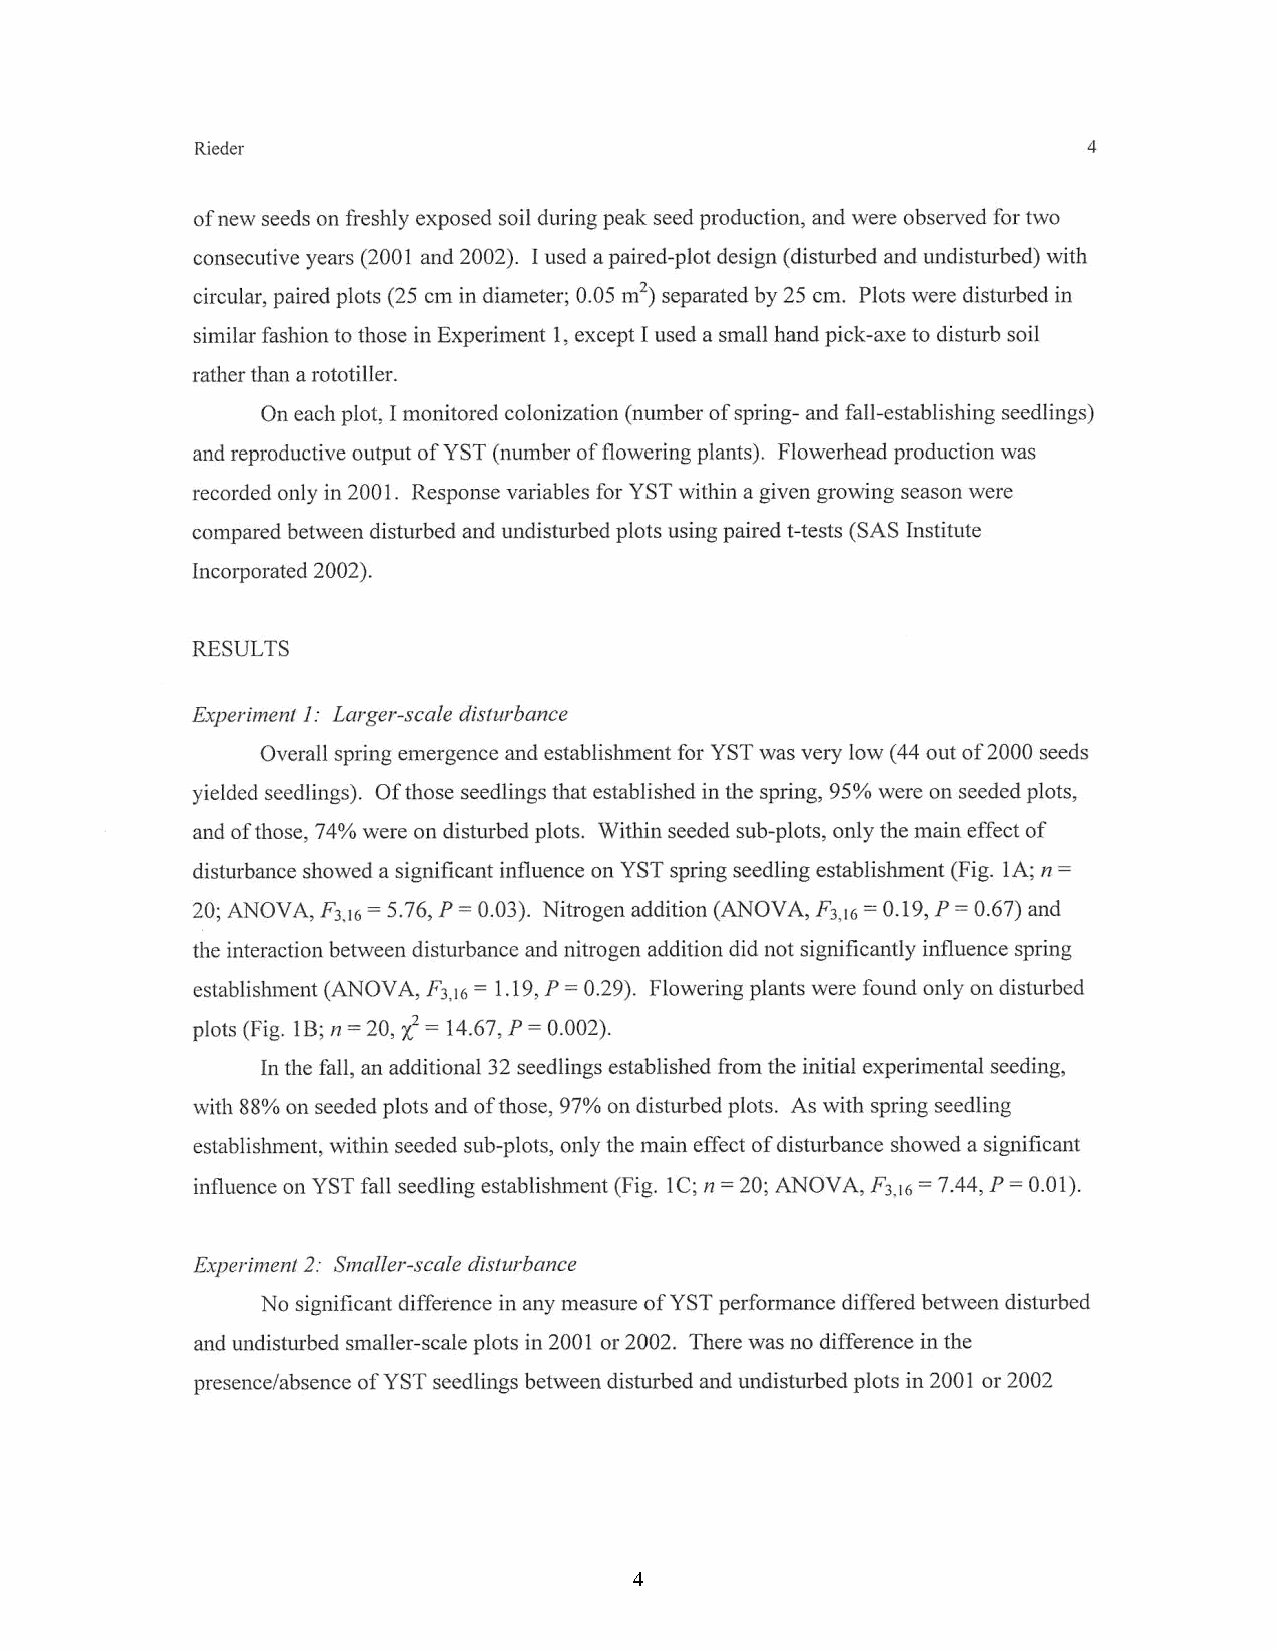
New Life Members: Don Feener
 and Sylvia Torti of Salt Lake City
 and Renee Van Buren of Wood-
 land Hills are our latest UNPS life
 members. Thank you !
 4